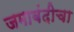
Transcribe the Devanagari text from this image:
जमाबंदीचा